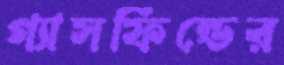
গ্যাসফিল্ডের